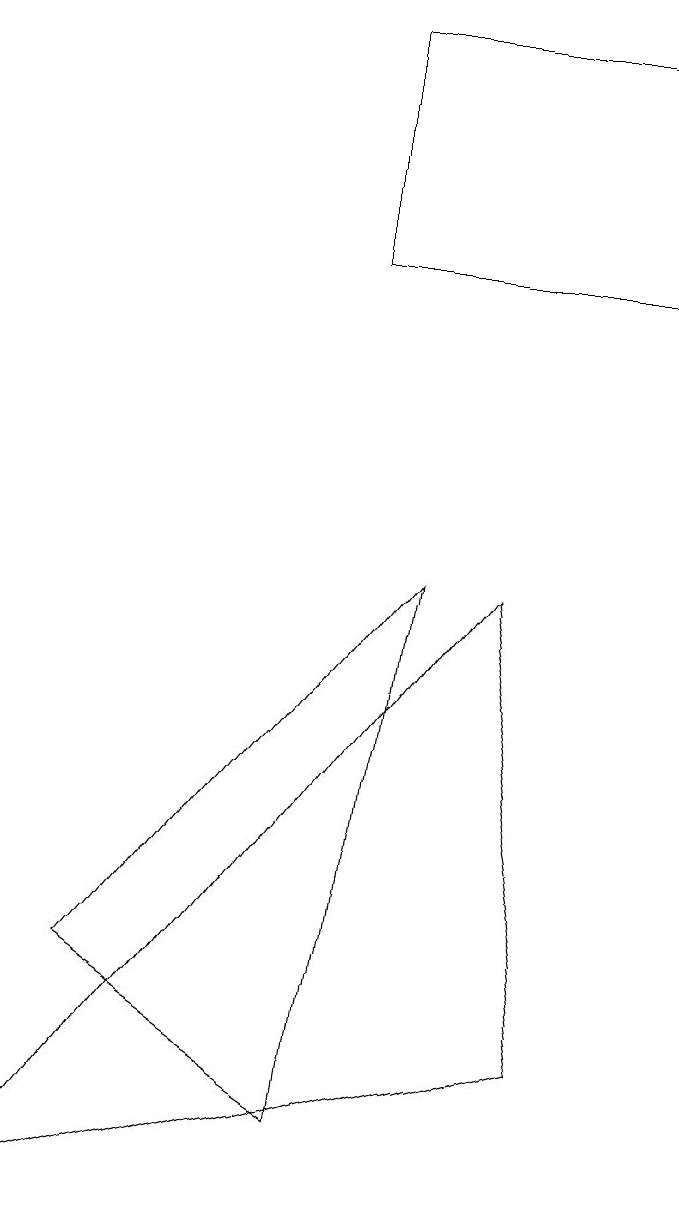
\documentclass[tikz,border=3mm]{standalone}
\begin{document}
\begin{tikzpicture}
\draw (7,9) -- (1,1) -- (8,3) -- cycle;
\draw (9,16) rectangle (5,13);
\draw (5,2) -- (2,4) -- (6,9) -- cycle;
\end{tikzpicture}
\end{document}